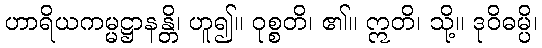
ဟာရိယကမ္မဋ္ဌာနန္တိ၊ ဟူ၍။ ဝုစ္စတိ၊ ၏။ ဣတိ၊ သို့။ ဒုဝိဓမ္ပိ၊